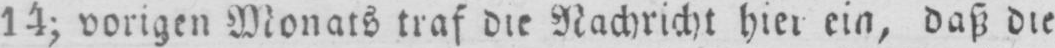
14; vorigen Monats traf die Nachricht hier ein, daß die